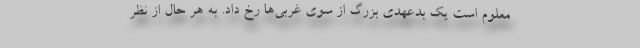
معلوم است یک بدعهدی بزرگ از سوی غربی‌ها رخ داد. به هر حال از نظر